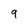
Character: 9